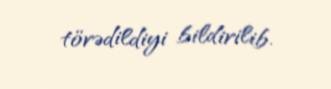
törədildiyi bildirilib.